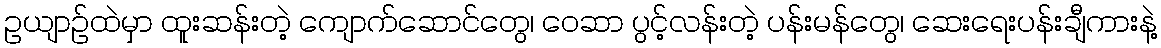
ဥယျာဉ်ထဲမှာ ထူးဆန်းတဲ့ ကျောက်ဆောင်တွေ၊ ဝေဆာ ပွင့်လန်းတဲ့ ပန်းမန်တွေ၊ ဆေးရေးပန်းချီကားနဲ့